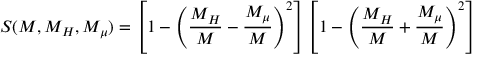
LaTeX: { \cal S } ( M , M _ { H } , M _ { \mu } ) = \left[ 1 - \left( { \frac { M _ { H } } M } - { \frac { M _ { \mu } } M } \right) ^ { 2 } \right] \left[ 1 - \left( { \frac { M _ { H } } M } + { \frac { M _ { \mu } } M } \right) ^ { 2 } \right]